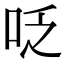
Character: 𠰏